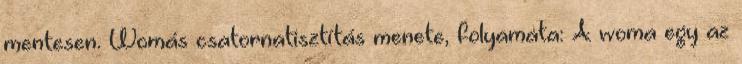
mentesen. Womás csatornatisztítás menete, folyamata: A woma egy az